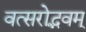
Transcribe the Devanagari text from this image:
वत्सरोद्भवम्